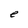
Character: e